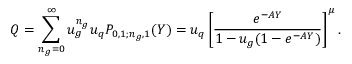
Q = \sum _ { n _ { g } = 0 } ^ { \infty } u _ { g } ^ { n _ { g } } u _ { q } P _ { 0 , 1 ; n _ { g } , 1 } ( Y ) = u _ { q } \left[ \frac { e ^ { - A Y } } { 1 - u _ { g } ( 1 - e ^ { - A Y } ) } \right] ^ { \mu } .